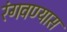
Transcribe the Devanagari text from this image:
रंगवण्यास